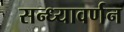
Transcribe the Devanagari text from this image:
सन्ध्यावर्णन